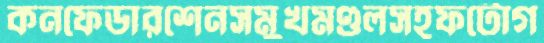
কনফেডারশেনসমুখমণ্ডলসহফটোগ